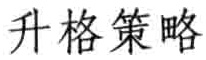
升格策略